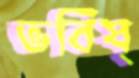
ভবিষ্